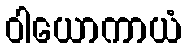
ဝါယောကာယံ